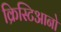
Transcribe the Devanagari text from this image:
क्रिस्टिआनो